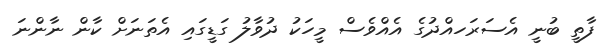
ފާތީ ބުނީ އެސަރަހއްދުގެ އެއްވެސް މީހަކު ދުވާލު ގަޑީގައި އެތަނަށް ކާން ނާންނަ